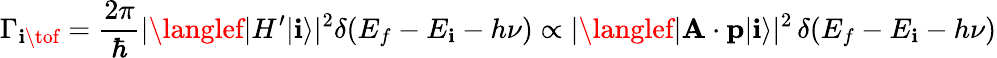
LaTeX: \Gamma_{\mathbf{i}\tof}={\frac{{2\pi}}{{\hbar}}}|\langlef|H^{\prime}|\mathbf{i}\rangle|^{2}\delta(E_{f}-E_{\mathbf{i}}-h\nu)\propto|\langlef|\mathbf{{A}}\cdot\mathbf{{p}}|\mathbf{i}\rangle|^{2}\, \delta(E_{f}-E_{\mathbf{i}}-h\nu)